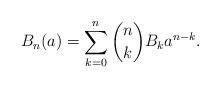
LaTeX: \begin{align*}B_n(a)=\sum_{k=0}^n \binom{n}{k}B_k a^{n-k}.\end{align*}